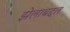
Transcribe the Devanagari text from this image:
झेलाबद्दल